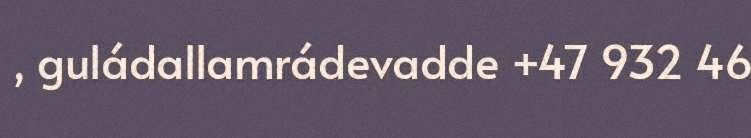
, guládallamrádevadde +47 932 46